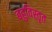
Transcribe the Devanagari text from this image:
बहुविस्तृत